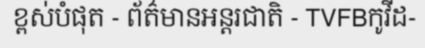
ខ្ពស់បំផុត - ព័ត៌មានអន្តរជាតិ - TVFBកូវីដ-